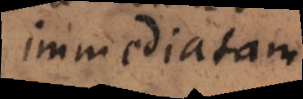
immediatam